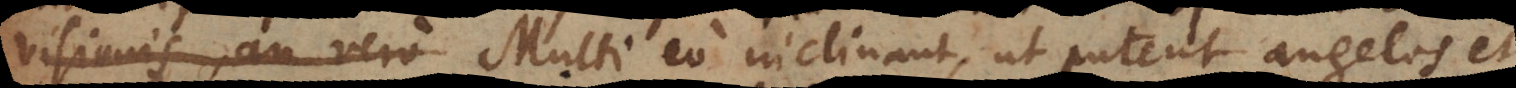
visionis, an vero Multi eo inclinant, ut putent angelos et